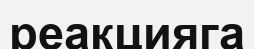
реакцияга